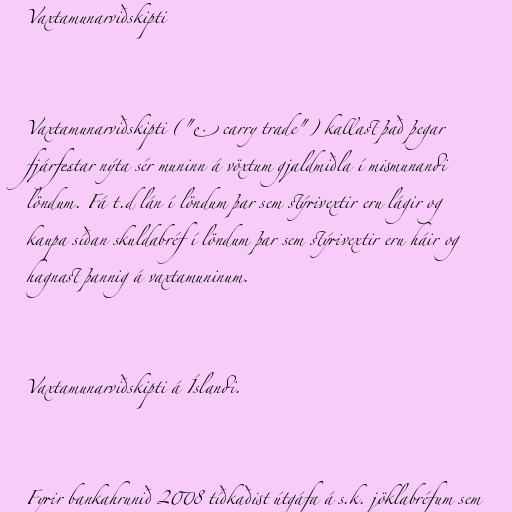
Vaxtamunarviðskipti

Vaxtamunarviðskipti ("e. carry trade") kallast það þegar
fjárfestar nýta sér muninn á vöxtum gjaldmiðla í mismunandi
löndum. Fá t.d lán í löndum þar sem stýrivextir eru lágir og
kaupa síðan skuldabréf í löndum þar sem stýrivextir eru háir og
hagnast þannig á vaxtamuninum.

Vaxtamunarviðskipti á Íslandi.

Fyrir bankahrunið 2008 tíðkaðist útgáfa á s.k. jöklabréfum sem